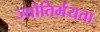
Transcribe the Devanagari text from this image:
ज्योतिर्मयता